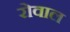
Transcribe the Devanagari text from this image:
रोवाल